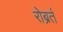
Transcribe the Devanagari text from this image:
रोब्रर्त